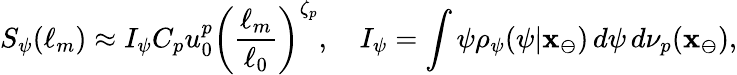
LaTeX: S_{\psi}(\ell_{m})\approx I_{\psi}C_{p}u_{0}^{p}\left(\frac{\ell_{m}}{\ell_{0}}\right)^{\zeta_{p}},\quad I_{\psi}=\int\psi\rho_{\psi}(\psi|\mathbf{x}_{\ominus})\, d\psi\, d\nu_{p}(\mathbf{x}_{\ominus}),